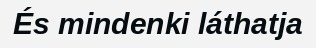
És mindenki láthatja